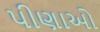
પીણાઓ